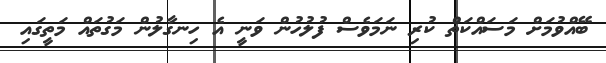
ބޭއްވުމަށް މަސައްކަތް ކުރި ނަމަވެސް ފުލުހުން ވަނީ އެ ހިނގާލުން މަގުތައް މަތީގައި